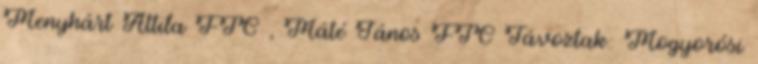
Menyhárt Attila FTC , Máté János FTC Távoztak: Mogyorósi